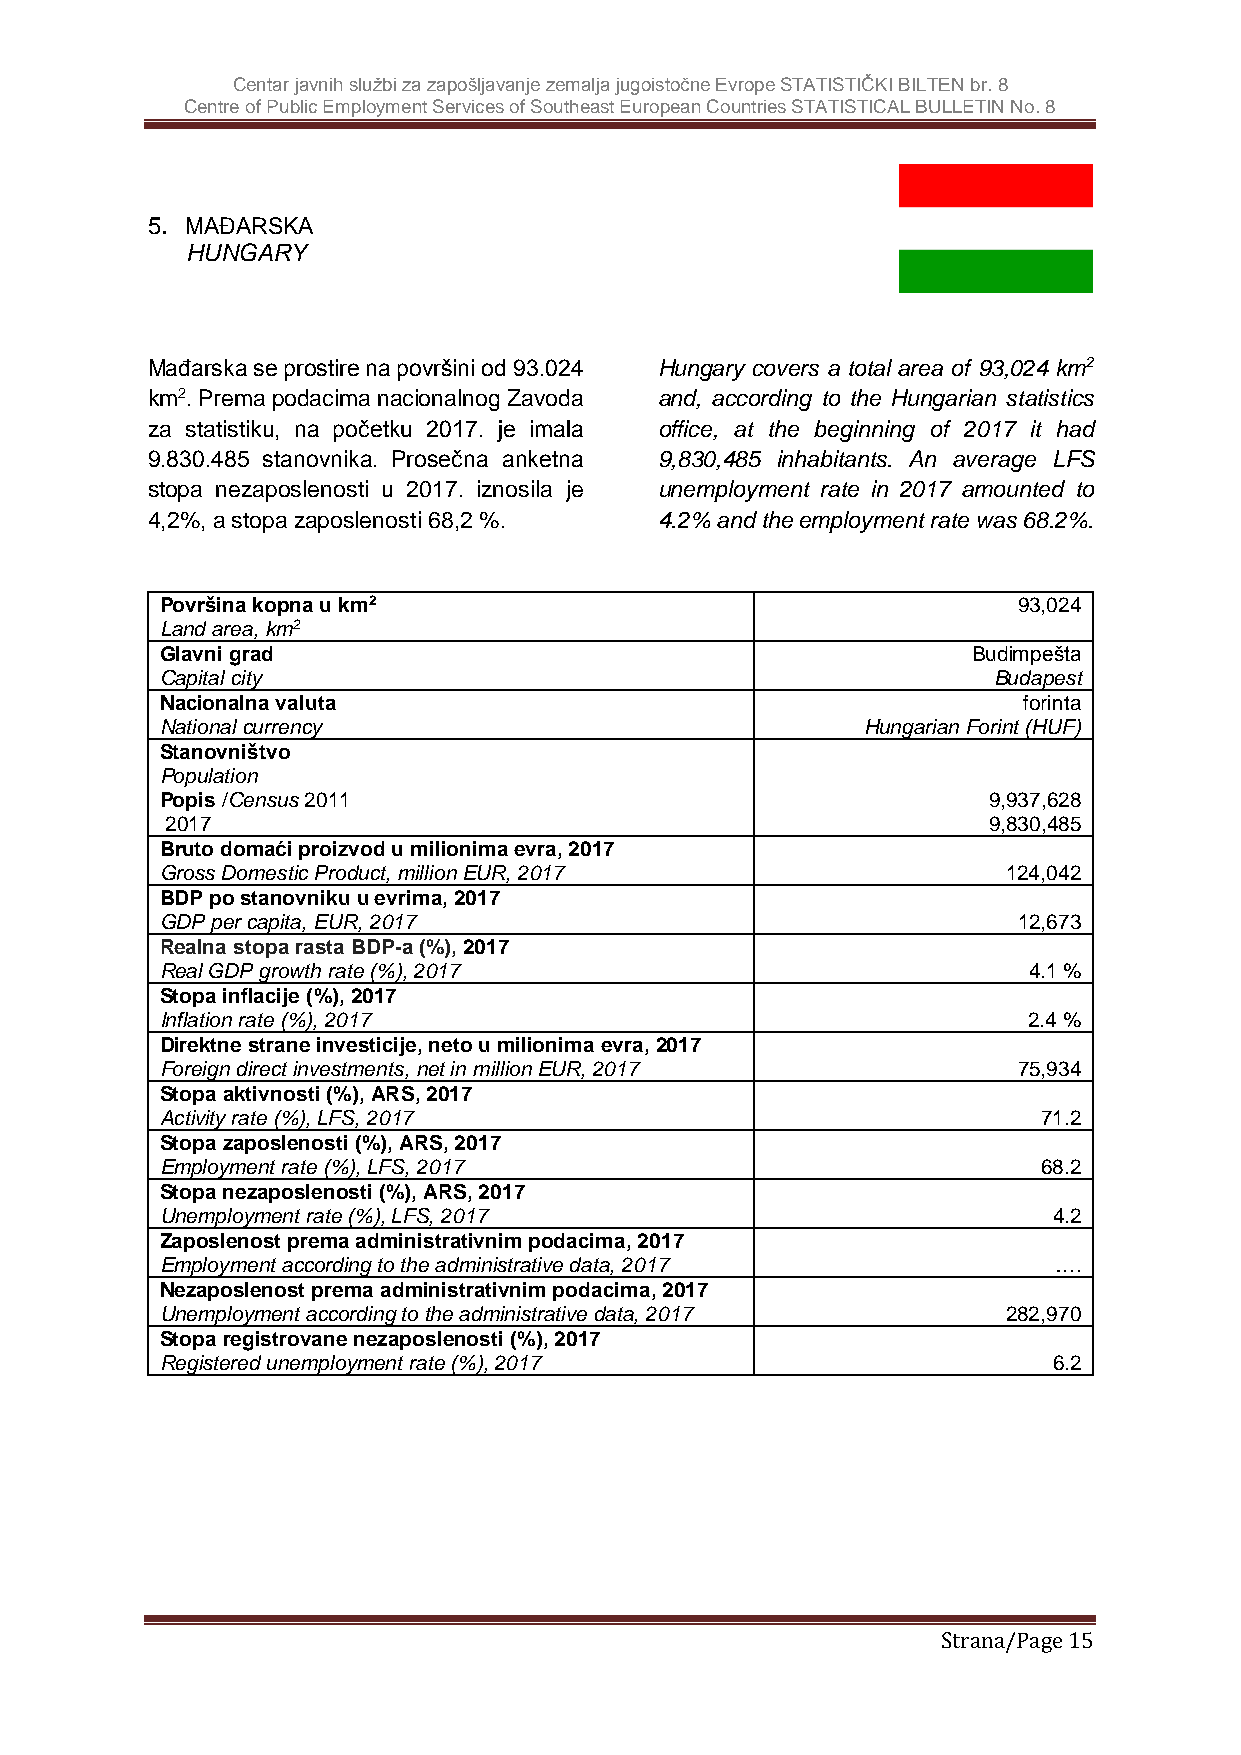
Centar javnih službi za zapošljavanje zemalja jugoistočne Evrope STATISTIČKI BILTEN br. 8
 Centre of Public Employment Services of Southeast European Countries STATISTICAL BULLETIN No. 8
 5. MAĐARSKA
 HUNGARY
 Mađarska se prostire na površini od 93.024 Hungary covers a total area of 93,024 km2
 km2. Prema podacima nacionalnog Zavoda and, according to the Hungarian statistics
 za statistiku, na početku 2017. je imala office, at the beginning of 2017 it had
 9.830.485 stanovnika. Prosečna anketna 9,830,485 inhabitants. An average LFS
 stopa nezaposlenosti u 2017. iznosila je unemployment rate in 2017 amounted to
 4,2%, a stopa zaposlenosti 68,2 %. 4 . 2 % a n d t h e e m p l o yment rate was 68.2%.
 Površina kopna u km2                                    93,024
 Land area, km2
 Glavni grad                                          Budimpešta
 Capital city                                           Budapest
 Nacionalna valuta                                        forinta
 National currency                             Hungarian Forint (HUF)
 Stanovništvo
 Population
 Popis /Census 2011                                    9,937,628
 2017                                                  9,830,485
 Bruto domaći proizvod u milionima evra, 2017
 Gross Domestic Product, million EUR, 2017               124,042
 BDP po stanovniku u evrima, 2017
 GDP per capita, EUR, 2017                               12,673
 Realna stopa rasta BDP-a (%), 2017
 Real GDP growth rate (%), 2017                           4.1 %
 Stopa inflacije (%), 2017
 Inflation rate (%), 2017                                 2.4 %
 Direktne strane investicije, neto u milionima evra, 2017
 Foreign direct investments, net in million EUR, 2017    75,934
 Stopa aktivnosti (%), ARS, 2017
 Activity rate (%), LFS, 2017                              71.2
 Stopa zaposlenosti (%), ARS, 2017
 Employment rate (%), LFS, 2017                            68.2
 Stopa nezaposlenosti (%), ARS, 2017
 Unemployment rate (%), LFS, 2017                           4.2
 Zaposlenost prema administrativnim podacima, 2017
 Employment according to the administrative data, 2017      ….
 Nezaposlenost prema administrativnim podacima, 2017
 Unemployment according to the administrative data, 2017 282,970
 Stopa registrovane nezaposlenosti (%), 2017
 Registered unemployment rate (%), 2017                     6.2
 Strana/Page 15